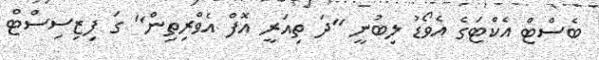
ބެސްޓް އެކްޓަގެ އެވޯޑު ލިބުނީ ''ދަ ތިއަރީ އޮފް އެވްރިތިން'' ގަ ފިޒިސިސްޓް